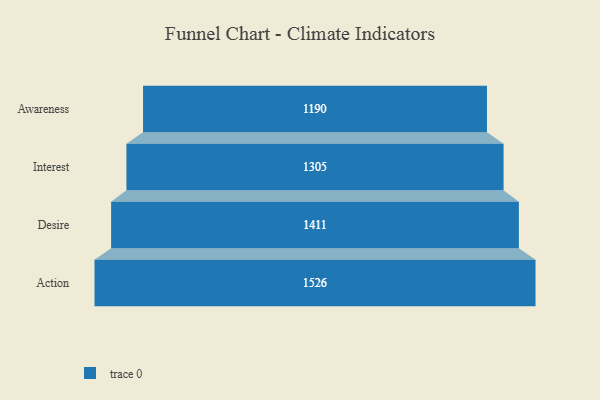
{"axis": {"x": "Stage", "y": "Value"}, "legend": [""], "data": [{"x": "Awareness", "y": 1190.0, "type": ""}, {"x": "Interest", "y": 1305.0, "type": ""}, {"x": "Desire", "y": 1411.0, "type": ""}, {"x": "Action", "y": 1526.0, "type": ""}]}